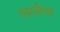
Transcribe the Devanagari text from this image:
एवनजीलक